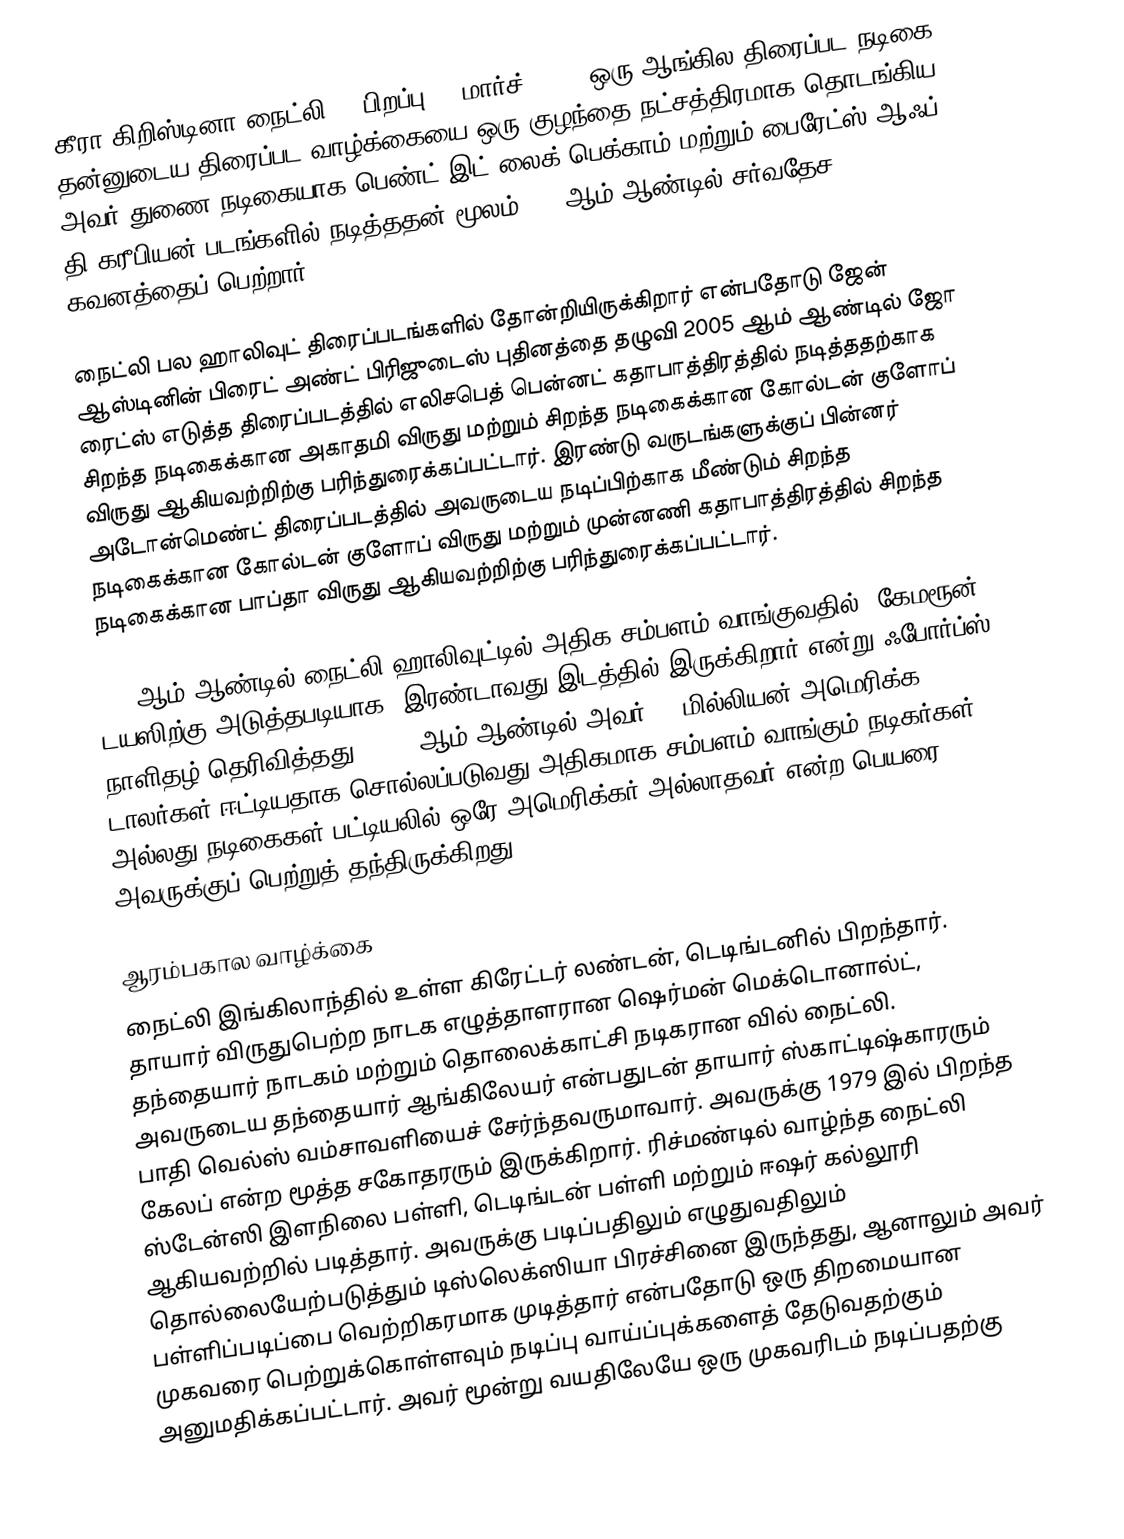
கீரா கிறிஸ்டினா நைட்லி (; பிறப்பு 26 மார்ச் 1985) ஒரு ஆங்கில திரைப்பட நடிகை. தன்னுடைய திரைப்பட வாழ்க்கையை ஒரு குழந்தை நட்சத்திரமாக தொடங்கிய அவர் துணை நடிகையாக பெண்ட் இட் லைக் பெக்காம் மற்றும் பைரேட்ஸ் ஆஃப் தி கரீபியன் படங்களில் நடித்ததன் மூலம் 2003ஆம் ஆண்டில் சர்வதேச கவனத்தைப் பெற்றார்.

நைட்லி பல ஹாலிவுட் திரைப்படங்களில் தோன்றியிருக்கிறார் என்பதோடு ஜேன் ஆஸ்டினின் பிரைட் அண்ட் பிரிஜுடைஸ் புதினத்தை தழுவி 2005 ஆம் ஆண்டில் ஜோ ரைட்ஸ் எடுத்த திரைப்படத்தில் எலிசபெத் பென்னட் கதாபாத்திரத்தில் நடித்ததற்காக சிறந்த நடிகைக்கான அகாதமி விருது மற்றும் சிறந்த நடிகைக்கான கோல்டன் குளோப் விருது ஆகியவற்றிற்கு பரிந்துரைக்கப்பட்டார். இரண்டு வருடங்களுக்குப் பின்னர் அடோன்மெண்ட் திரைப்படத்தில் அவருடைய நடிப்பிற்காக மீண்டும் சிறந்த நடிகைக்கான கோல்டன் குளோப் விருது மற்றும் முன்னணி கதாபாத்திரத்தில் சிறந்த நடிகைக்கான பாப்தா விருது ஆகியவற்றிற்கு பரிந்துரைக்கப்பட்டார்.

2008ஆம் ஆண்டில் நைட்லி ஹாலிவுட்டில் அதிக சம்பளம் வாங்குவதில் (கேமரூன் டயஸிற்கு அடுத்தபடியாக) இரண்டாவது இடத்தில் இருக்கிறார் என்று ஃபோர்ப்ஸ் நாளிதழ் தெரிவித்தது, 2007 ஆம் ஆண்டில் அவர் 32 மில்லியன் அமெரிக்க டாலர்கள் ஈட்டியதாக சொல்லப்படுவது அதிகமாக சம்பளம் வாங்கும் நடிகர்கள் அல்லது நடிகைகள் பட்டியலில் ஒரே அமெரிக்கர் அல்லாதவர் என்ற பெயரை அவருக்குப் பெற்றுத் தந்திருக்கிறது.

ஆரம்பகால வாழ்க்கை
நைட்லி இங்கிலாந்தில் உள்ள கிரேட்டர் லண்டன், டெடிங்டனில் பிறந்தார். தாயார் விருதுபெற்ற நாடக எழுத்தாளரான ஷெர்மன் மெக்டொனால்ட்,  தந்தையார் நாடகம் மற்றும் தொலைக்காட்சி நடிகரான வில் நைட்லி. அவருடைய தந்தையார் ஆங்கிலேயர் என்பதுடன் தாயார் ஸ்காட்டிஷ்காரரும் பாதி வெல்ஸ் வம்சாவளியைச் சேர்ந்தவருமாவார். அவருக்கு 1979 இல் பிறந்த கேலப் என்ற மூத்த சகோதரரும் இருக்கிறார். ரிச்மண்டில் வாழ்ந்த நைட்லி ஸ்டேன்ஸி இளநிலை பள்ளி, டெடிங்டன் பள்ளி மற்றும் ஈஷர் கல்லூரி ஆகியவற்றில் படித்தார். அவருக்கு படிப்பதிலும் எழுதுவதிலும் தொல்லையேற்படுத்தும் டிஸ்லெக்ஸியா பிரச்சினை இருந்தது, ஆனாலும் அவர் பள்ளிப்படிப்பை வெற்றிகரமாக முடித்தார் என்பதோடு ஒரு திறமையான முகவரை பெற்றுக்கொள்ளவும் நடிப்பு வாய்ப்புக்களைத் தேடுவதற்கும் அனுமதிக்கப்பட்டார். அவர் மூன்று வயதிலேயே ஒரு முகவரிடம் நடிப்பதற்கு